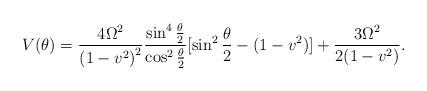
LaTeX: \begin{align*}V(\theta)=\frac{4\Omega^2}{{(1-v^2)}^2}\frac{\sin^4\frac{\theta}{2}}{\cos^2\frac{\theta}{2}}[\sin^2\frac{\theta}{2}-(1-v^2)]+\frac{3\Omega^2}{2(1-v^2)}.\end{align*}